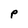
Character: P